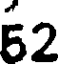
52